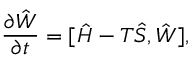
\frac { \partial \hat { W } } { \partial t } = [ \hat { H } - T \hat { S } , \hat { W } ] ,